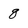
Character: q